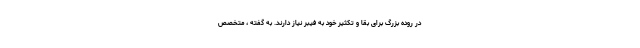
در روده بزرگ برای بقا و تکثیر خود به فیبر نیاز دارند. به گفته ، متخصص